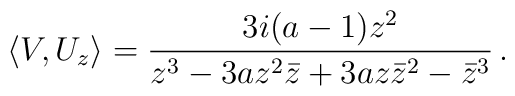
\langle V, U_z \rangle = \frac{3i(a-1)z^2}{z^3 - 3az^2{\bar z} +3az{\bar z}^2  -{\bar z}^3}\,.